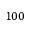
1 0 0